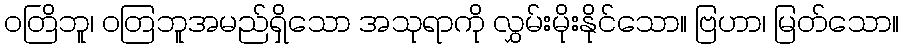
ဝတြိဘူ၊ ဝတြဘူအမည်ရှိသော အသုရာကို လွှမ်းမိုးနိုင်သော။ ဗြဟာ၊ မြတ်သော။